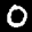
Label: 0